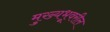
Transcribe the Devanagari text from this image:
मुख्यभूवरील